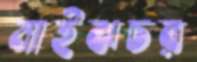
মাইঝচর